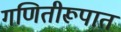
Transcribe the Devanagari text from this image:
गणितीरूपात